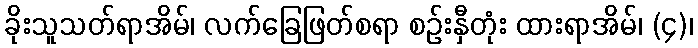
ခိုးသူသတ်ရာအိမ်၊ လက်ခြေဖြတ်စရာ စဉ်းနှီတုံး ထားရာအိမ်၊ (၄)၊